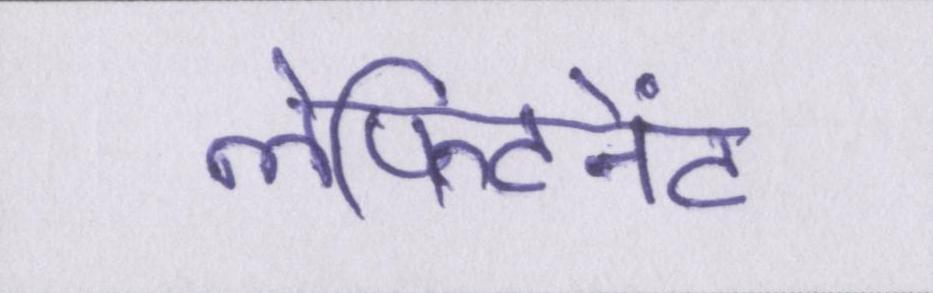
लेफ्टिनेंट